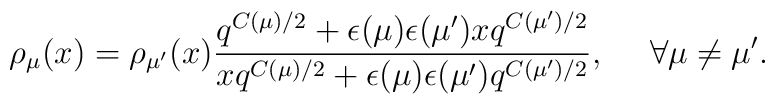
\rho_\mu(x)=\rho_{\mu'}(x)\frac{q^{C(\mu)/2}  + \epsilon(\mu)\epsilon(\mu') xq^{C(\mu')/2} }{xq^{C(\mu)/2}  +\epsilon(\mu)\epsilon(\mu') q^{C(\mu')/2} },~~~~\forall \mu\neq\mu'.